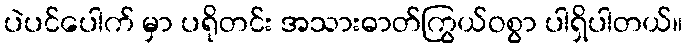
ပဲပင်ပေါက် မှာ ပရိုတင်း အသားဓာတ်ကြွယ်ဝစွာ ပါရှိပါတယ်။